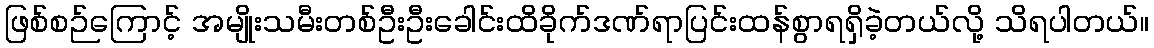
ဖြစ်စဉ်ကြောင့် အမျိုးသမီးတစ်ဦးဦးခေါင်းထိခိုက်ဒဏ်ရာပြင်းထန်စွာရရှိခဲ့တယ်လို့ သိရပါတယ်။